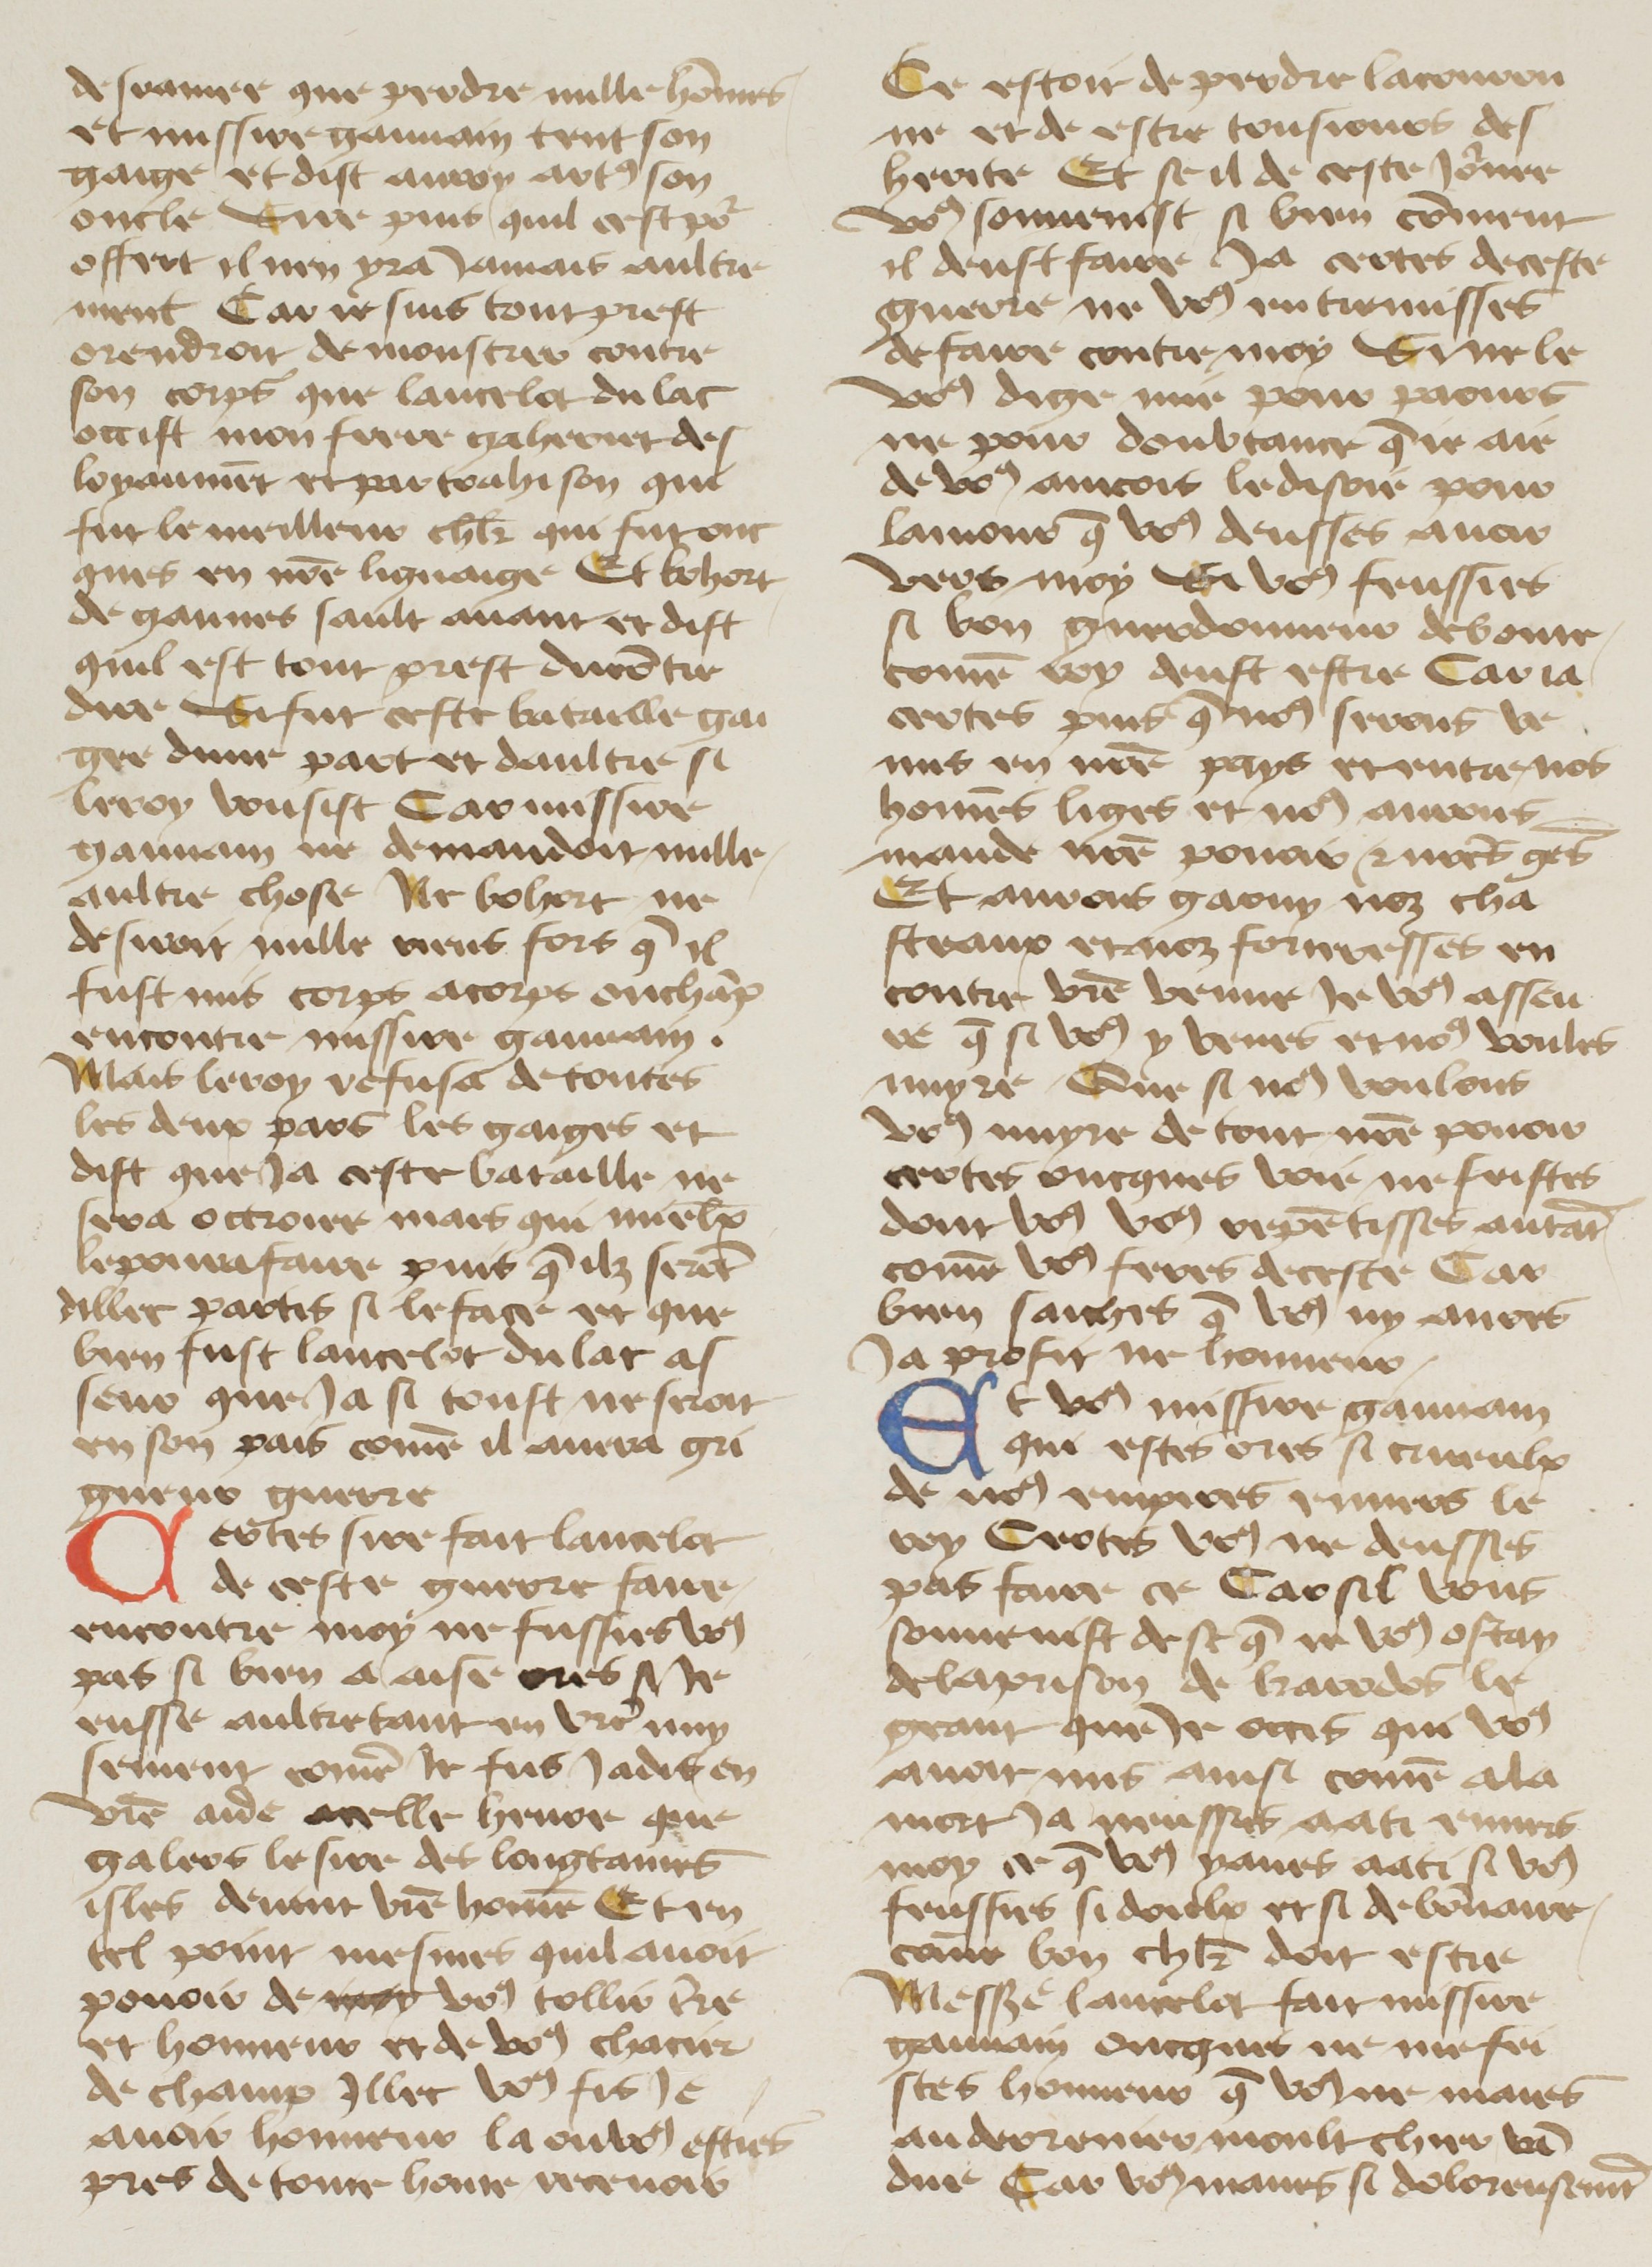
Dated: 1400–1499